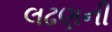
લઢણની